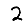
Digit: 2